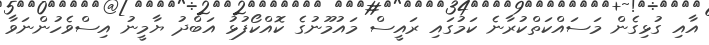
އާއި ގުޅިގެން މަސައްކަތްކުރާނެ ކަމުގައި ރައީސް މައުމޫނުގެ ކޮއްކޯފުޅު އަބްދު ޔާމީނު އިސްވެހުންނަވާ